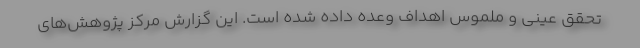
تحقق عینی و ملموس اهداف وعده داده شده است. این گزارش مرکز پژوهش‌های